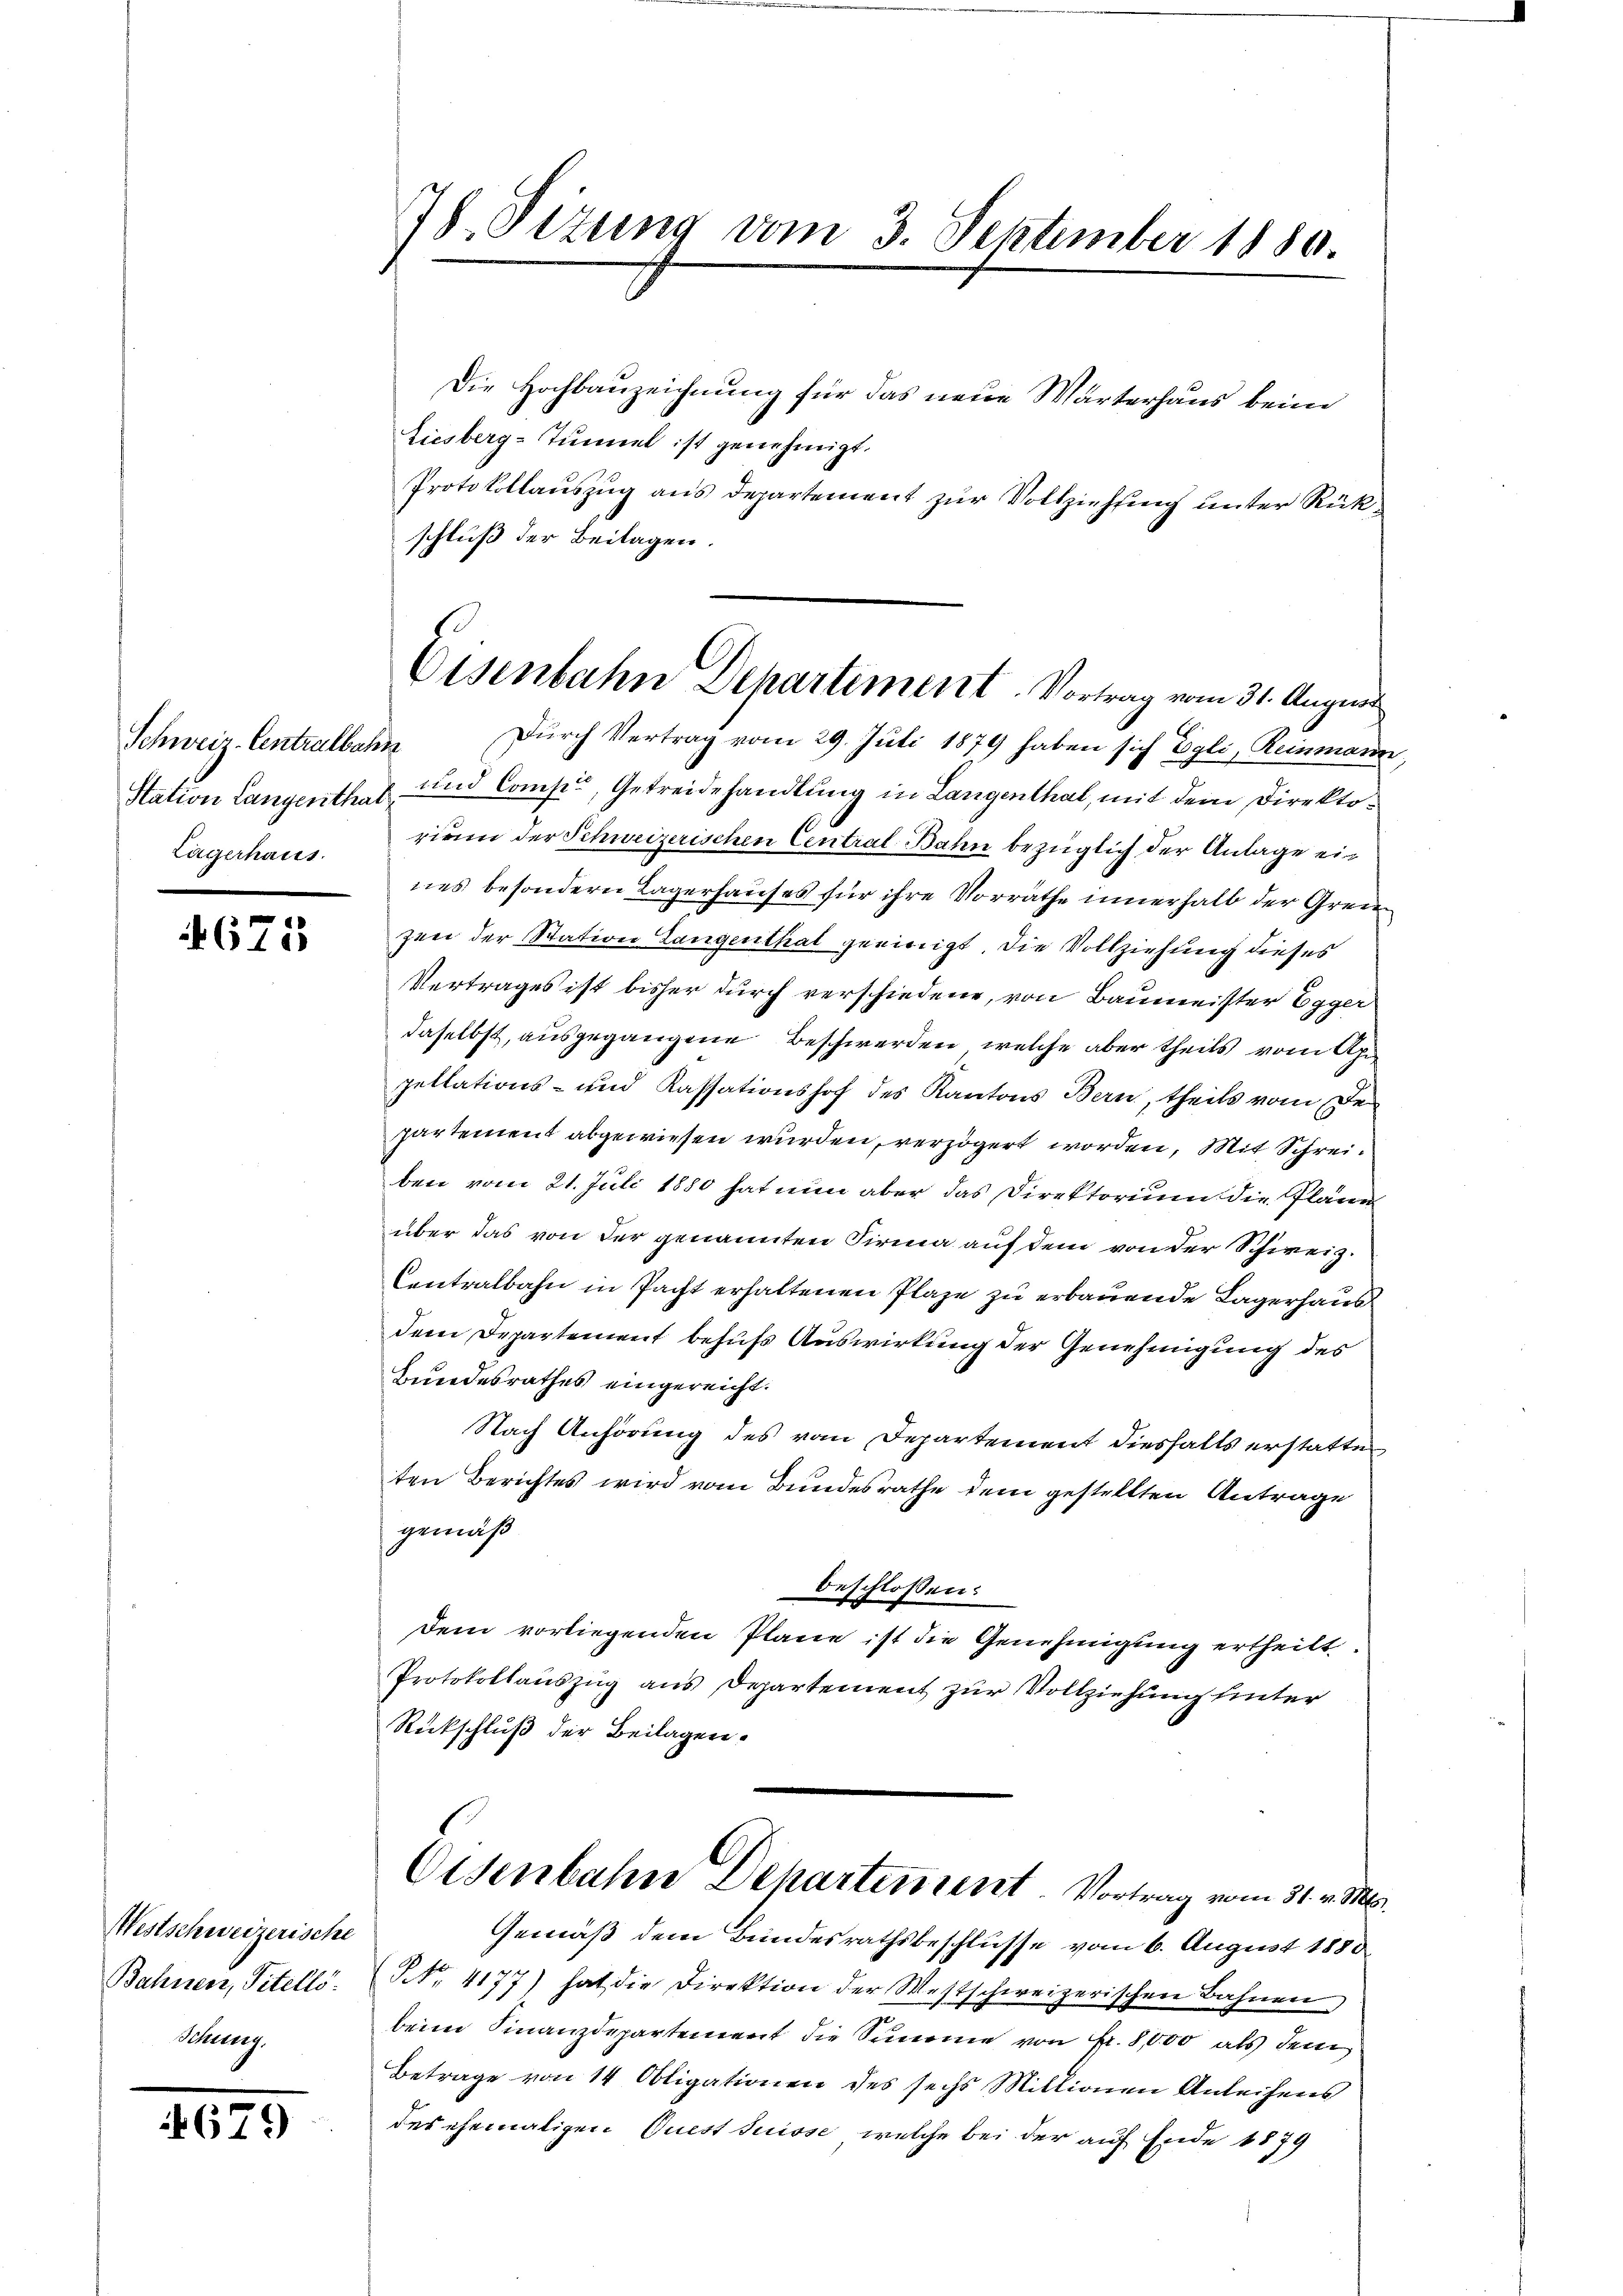
Schweiz. Centralbahn
Lägerhaus.

4675

Westschweizerische
Bahnen, Titello.
Sitzung

4679

78. Sizung vom 3. September 1880.

Die Hochbauzeichnung für das neue Wärterhaus beim
Liesberg-Tunnel ist genehmigt.
Protokollauszug aus Departement zur Vollziehung unter Rückschluß der Beilagen.
Durch Vertrag vom 29. Juli 1879 haben sich Egli, Reinmann
Station Langenthal und Comp., Getreidehandlung in Langenthal, mit dem Direktoriam der Schweizerischen Central Bahn bezüglich der Anlage eines besondern Lagerhauses für ihre Vorräthe innerhalb der Grenzen der Station Langenthat geeinigt, die Vollziehung dieses
Vertrages ist bisher durch verschiedene, von Baumeister Egger
daselbst, ausgegangene Beschwerden, welche aber theils vom A
pellations- und Kassationshof des Kantons Bern, theils vom De
partement abgewiesen wurden, verzögert worden, Mit Schreiben vom 21. Juli 1880 hat nun aber das Direktorium die Pläne
über das von der genannten Firma auf dem von der Schweiz.
Centralbahn in Pacht erhaltenen Plaze zu erbauende Lagerhaus
dem Departement behufs Auswirkung der Genehmigung des
Bundesrathes eingereicht.
Nach Anhörung des vom Departement diesfalls erstatte
ten Berichtes wird vom Bundesrathe dem gestellten Antrage
gemäß
beschlossen:
Dem vorliegenden Plane ist die Genehmigung ertheilt.
Protokollauszug aus Departement zur Vollziehung unter
Rückschluß der Beilagen.
Osenbahn Departement. Vortrag vom 31. v. Ms.
Gemäß dem Bundesrathsbeschlusse vom 6. August 1880
NNo. 4177) hat die Direktion der Westschweizerischen Bahnen
beim Finanzdepartement die Summe von Fr. 8000 als dem
Betrage von 14 Obligationen des sechs Millionen Anleihens
des ehemaligen Quest Suisse, welche bei der auf Ende 1879

Eisenbahn Departiment. Vortrag vom 31. Augus